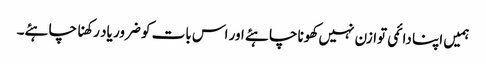
ہمیں اپنا دائمی توازن نہیں کھونا چاہئے اور اس بات کو ضرور یاد رکھنا چاہئے۔